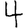
Digit: 4